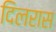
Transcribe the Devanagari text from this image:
दिलरास